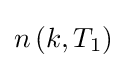
n\left(k,T_{1}\right)